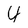
Character: 4